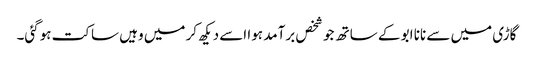
گاڑی میں سے نانا ابو کے ساتھ جو شخص برآمد ہوا اسے دیکھ کر میں وہیں ساکت ہوگئی۔